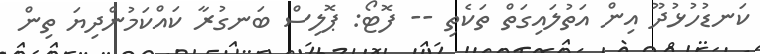
ކަނޑުހުޅުދޫ އިން އަތުލައިގަތް ތަކެތި -- ފޮޓޯ: ޕޮލިސް ބަނގުރާ ކައްކަމުންދިޔަ ތިން